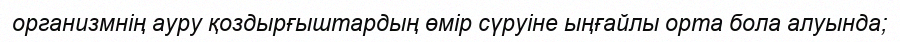
организмнің ауру қоздырғыштардың өмір сүруіне ыңғайлы орта бола алуында;